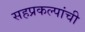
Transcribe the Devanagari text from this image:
सहप्रकल्पांची